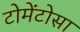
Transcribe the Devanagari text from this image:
टोमेंटोसा